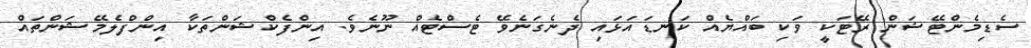
ސެޑިމެންޓޭޝަން ރޭޓަކީ ވަކި ބައްޔެއް ކަނޑައަޅައި ދެނެގަނެވޭ ޓެސްޓެއް ނޫނެވެ. އިންފެކްޝަންތަކާ އިންފްލެމޭޝަންތައް